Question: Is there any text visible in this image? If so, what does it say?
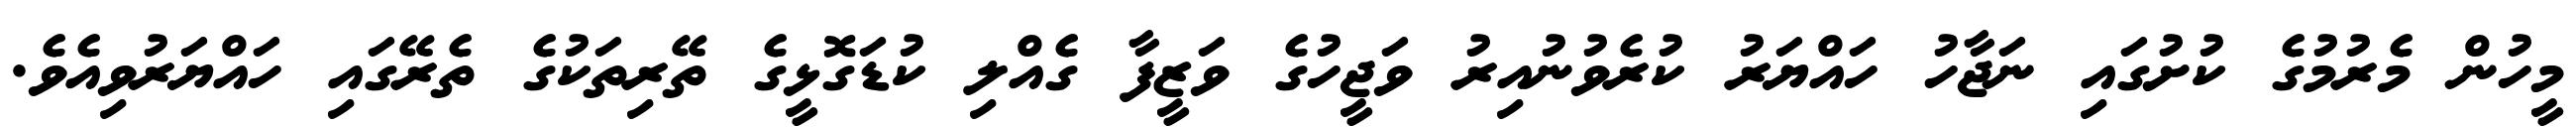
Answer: މީހުން މެރުމުގެ ކުށުގައި ނަޖާހު ހައްޔަރު ކުރެވުނުއިރު ވަޖީހުގެ ވަޒީފާ ގެއްލި ކުޑަގޮޅީގެ ތޭރިތަކުގެ ތެރޭގައި ހައްޔަރުވިއެވެ.